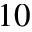
1 0